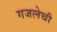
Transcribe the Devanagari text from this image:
गजलेची